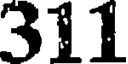
311